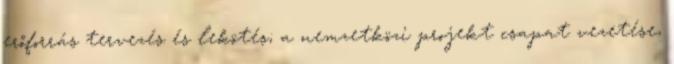
erőforrás tervezés és lekötés; a nemzetközi projekt csapat vezetése,